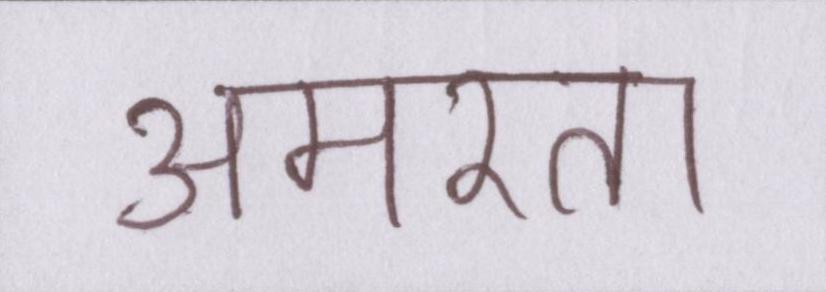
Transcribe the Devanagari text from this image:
अमरता